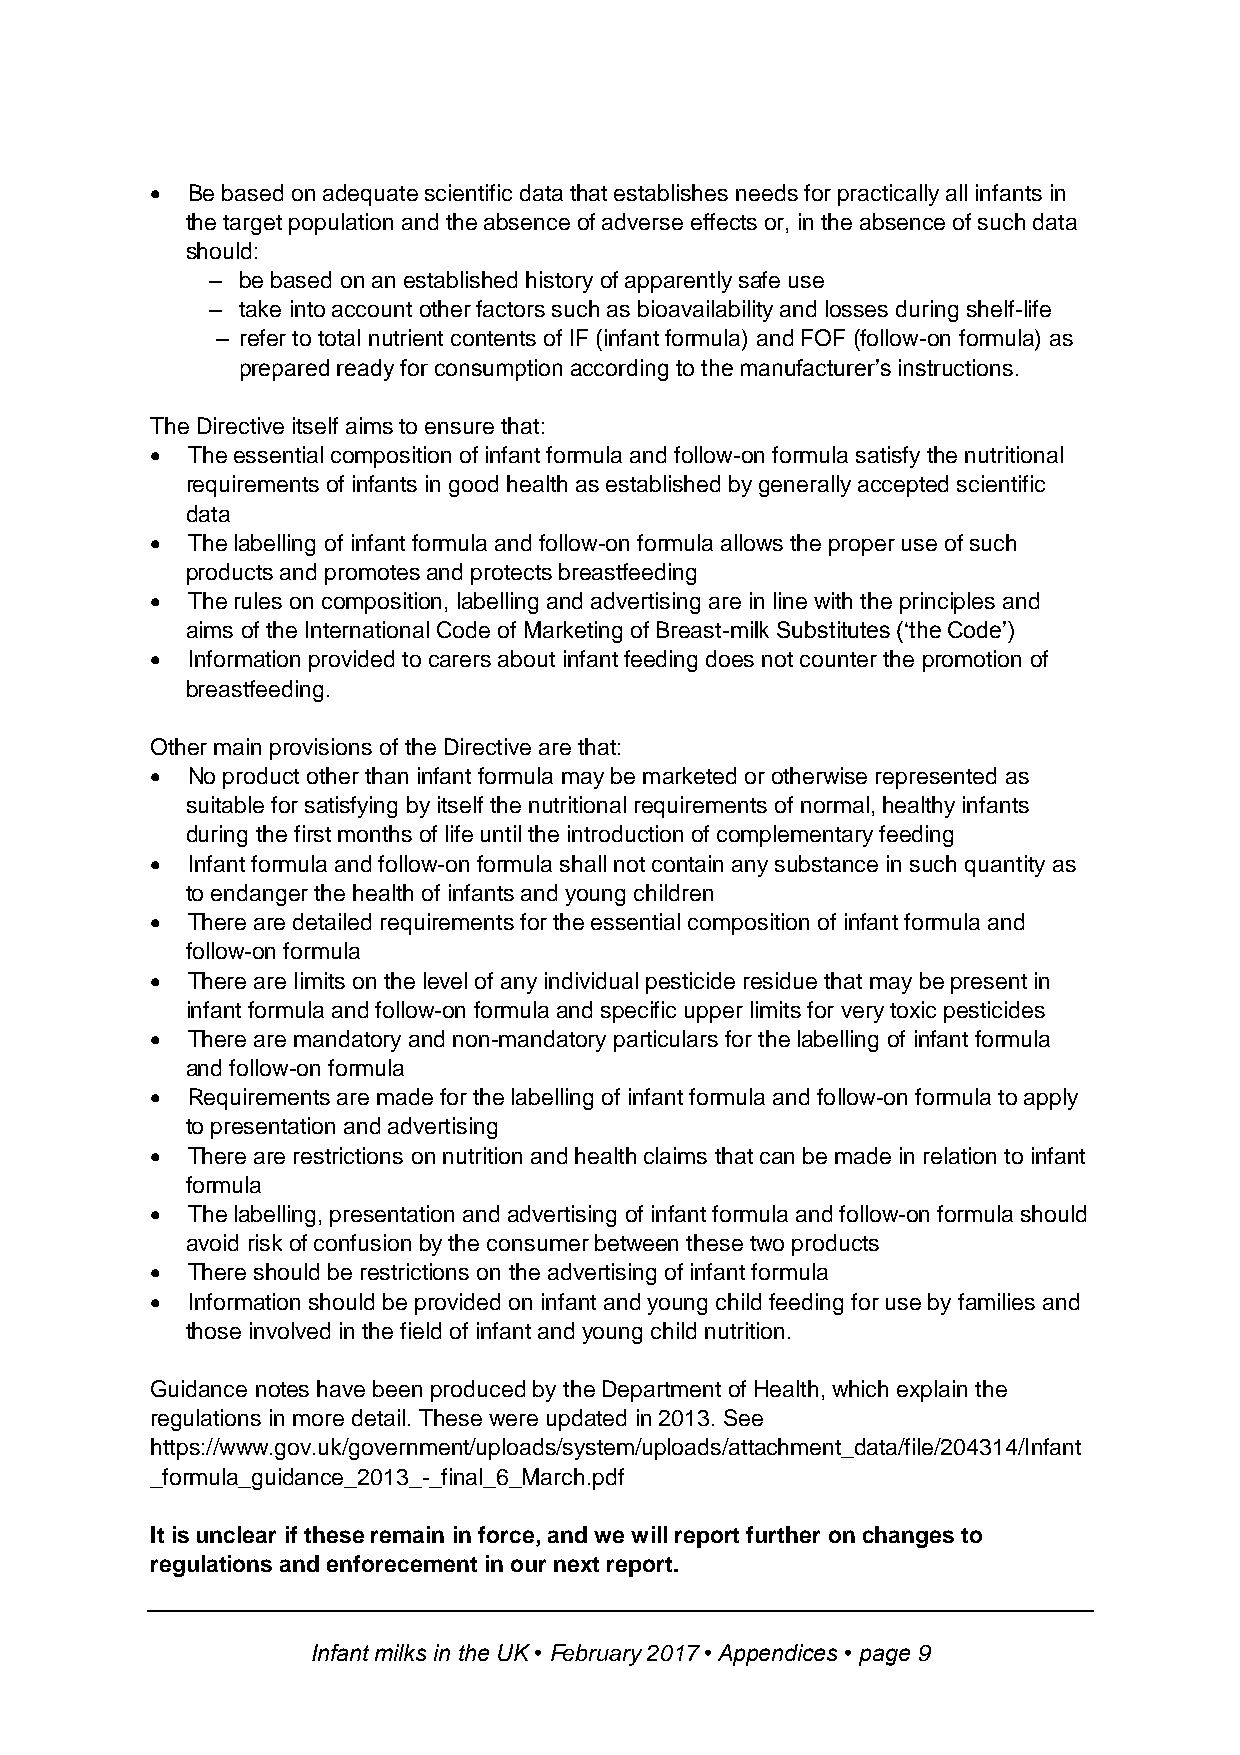
 Be based on adequate scientific data that establishes needs for practically all infants in
 the target population and the absence of adverse effects or, in the absence of such data
 should:
 – be based on an established history of apparently safe use
 – take into account other factors such as bioavailability and losses during shelf-life
 – refer to total nutrient contents of IF (infant formula) and FOF (follow-on formula) as
 prepared ready for consumption according to the manufacturer’s instructions.
 The Directive itself aims to ensure that:
  The essential composition of infant formula and follow-on formula satisfy the nutritional
 requirements of infants in good health as established by generally accepted scientific
 data
  The labelling of infant formula and follow-on formula allows the proper use of such
 products and promotes and protects breastfeeding
  The rules on composition, labelling and advertising are in line with the principles and
 aims of the International Code of Marketing of Breast-milk Substitutes (‘the Code’)
  Information provided to carers about infant feeding does not counter the promotion of
 breastfeeding.
 Other main provisions of the Directive are that:
  No product other than infant formula may be marketed or otherwise represented as
 suitable for satisfying by itself the nutritional requirements of normal, healthy infants
 during the first months of life until the introduction of complementary feeding
  Infant formula and follow-on formula shall not contain any substance in such quantity as
 to endanger the health of infants and young children
  There are detailed requirements for the essential composition of infant formula and
 follow-on formula
  There are limits on the level of any individual pesticide residue that may be present in
 infant formula and follow-on formula and specific upper limits for very toxic pesticides
  There are mandatory and non-mandatory particulars for the labelling of infant formula
 and follow-on formula
  Requirements are made for the labelling of infant formula and follow-on formula to apply
 to presentation and advertising
  There are restrictions on nutrition and health claims that can be made in relation to infant
 formula
  The labelling, presentation and advertising of infant formula and follow-on formula should
 avoid risk of confusion by the consumer between these two products
  There should be restrictions on the advertising of infant formula
  Information should be provided on infant and young child feeding for use by families and
 those involved in the field of infant and young child nutrition.
 Guidance notes have been produced by the Department of Health, which explain the
 regulations in more detail. These were updated in 2013. See
 https://www.gov.uk/government/uploads/system/uploads/attachment_data/file/204314/Infant
 _formula_guidance_2013_-_final_6_March.pdf
 It is unclear if these remain in force, and we will report further on changes to
 regulations and enforecement in our next report.
 Infant milks in the UK • February 2017 • Appendices • page 9